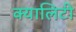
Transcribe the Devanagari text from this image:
क्यालिटी